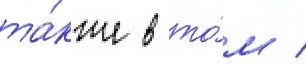
та́кже в то́м /